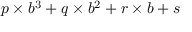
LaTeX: p \times b ^ { 3 } + q \times b ^ { 2 } + r \times b + s